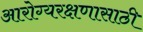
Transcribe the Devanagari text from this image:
आरोग्यरक्षणासाठी